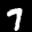
Label: 7